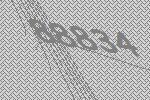
88834